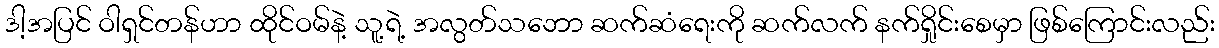
ဒါ့အပြင် ဝါရှင်တန်ဟာ ထိုင်ဝမ်နဲ့ သူ့ရဲ့ အလွတ်သဘော ဆက်ဆံရေးကို ဆက်လက် နက်ရှိုင်းစေမှာ ဖြစ်ကြောင်းလည်း